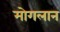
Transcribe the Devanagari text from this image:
मोगलान